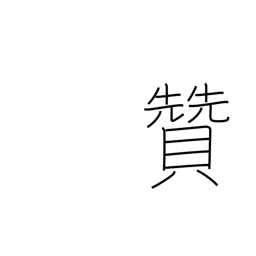
Meaning: support